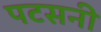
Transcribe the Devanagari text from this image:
पटसनी